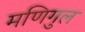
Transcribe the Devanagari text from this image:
मणिगुल